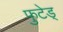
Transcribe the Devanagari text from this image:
फुटेड्